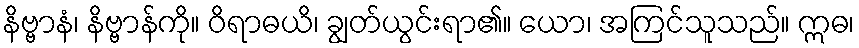
နိဗ္ဗာနံ၊ နိဗ္ဗာန်ကို။ ဝိရာဓယိ၊ ချွတ်ယွင်းရာ၏။ ယော၊ အကြင်သူသည်။ ဣဓ၊